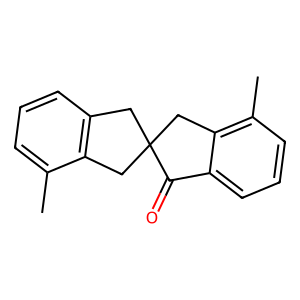
SMILES: Cc1cccc2c1CC1(C2)Cc2c(C)cccc2C1=O
Inhibits HIV replication: No